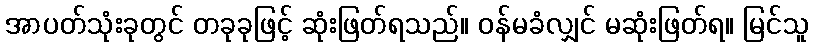
အာပတ်သုံးခုတွင် တခုခုဖြင့် ဆုံးဖြတ်ရသည်။ ဝန်မခံလျှင် မဆုံးဖြတ်ရ။ မြင်သူ